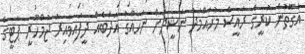
އެގޮތުން ކުރީގެ ރައީސް މުހައްމަދު ނަޝީދަށް ނުހައްގު އަދަބެއް ދީފައިވާއިރު ޖުމްހޫރީ ޕާޓީގެ